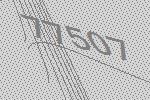
77507